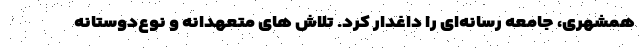
همشهری، جامعه رسانه‌ای را داغدار کرد. تلاش های متعهدانه و نوع‌دوستانه